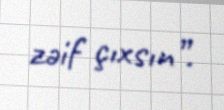
zəif çıxsın”.